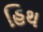
હિથ